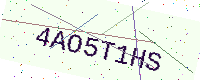
Text: 4AO5T1HS